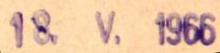
18 V. 1966